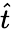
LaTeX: \hat{t}